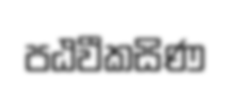
පඨවීකසිණ